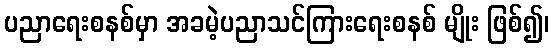
ပညာရေးစနစ်မှာ အခမဲ့ပညာသင်ကြားရေးစနစ် မျိုး ဖြစ်၍၊